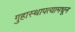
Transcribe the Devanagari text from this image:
गुहास्थापत्यामधून